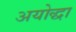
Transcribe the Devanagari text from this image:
अयोद्धा